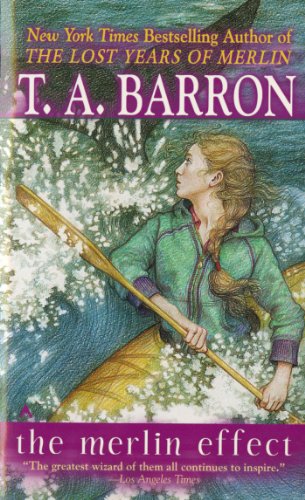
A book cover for The Merlin Effect (The Lost Years of Merlin); T. A. Barron; Science Fiction & Fantasy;